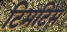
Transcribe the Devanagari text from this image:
टिमटिम